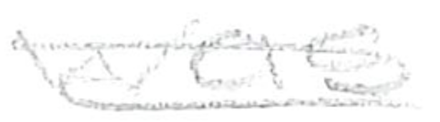
Text: was
Cross-out: mix
Writing tool: pencil